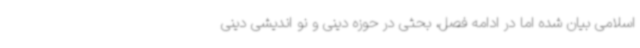
اسلامی بیان شده اما در ادامه فصل، بحثی در حوزه دینی و نو اندیشی دینی